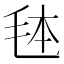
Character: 𭯓